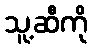
သူ့ဆီကို